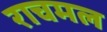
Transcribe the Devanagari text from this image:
राचमल